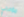
مؤخرتي